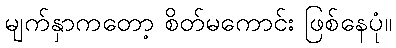
မျက်နှာကတော့ စိတ်မကောင်း ဖြစ်နေပုံ။